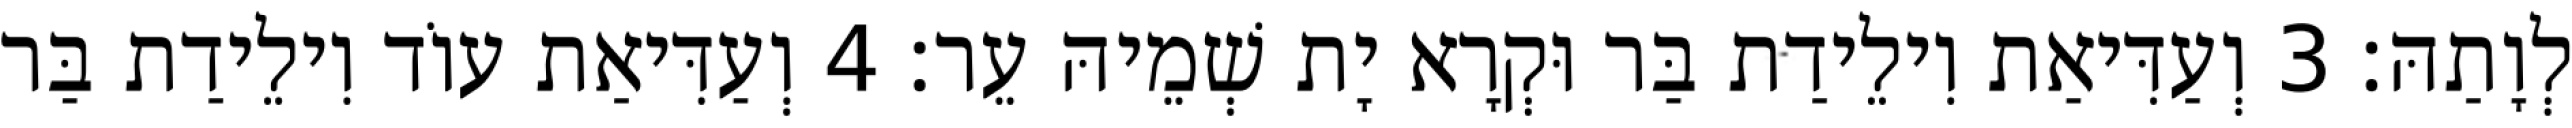
לְוָתַהּ׃ 3 וְעַדִּיאַת וִילֵידַת בַּר וּקְרָא יָת שְׁמֵיהּ עֵר׃ 4 וְעַדִּיאַת עוֹד וִילֵידַת בַּר